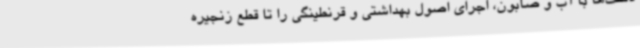
دست‌ها با آب و صابون، اجرای اصول بهداشتی و قرنطینگی را تا قطع زنجیره